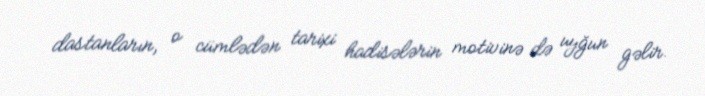
dastanların, o cümlədən tarixi hadisələrin motivinə də uyğun gəlir.